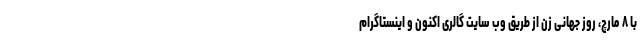
با ۸ مارچ، روز جهانی زن از طریقِ وب سایت گالری اکنون و اینستاگرام